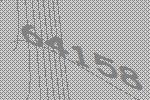
64158